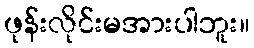
ဖုန်းလိုင်းမအားပါဘူး။